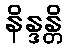
နိန္ဒန္တိ